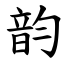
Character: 韵